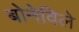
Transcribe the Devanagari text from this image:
बोनेविले